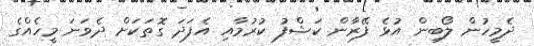
ދެމީހުން ލޯބިން އުޅެ ފޭރާން ކަޝްފު ކުރުމާއި އެފަދަ ގޮތަކަށް ދެވަނަ މީހެއްގެ